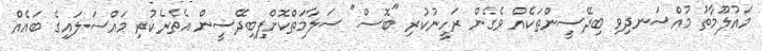
މައުލޫމާތު މުއްސަނދިވި ބިދޭސީންތަކެއް ވެގެން ރަހީނުކުރި "ބޮސް" ސަލާމަތްކޮށްފިބިދޭސީން އެތެރެކުރި މައްސަލައިގެ ބައެއް